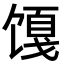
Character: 𬳎